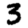
Digit: 3